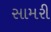
સામરી